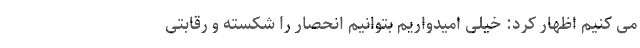
می کنیم اظهار کرد: خیلی امیدواریم بتوانیم انحصار را شکسته و رقابتی